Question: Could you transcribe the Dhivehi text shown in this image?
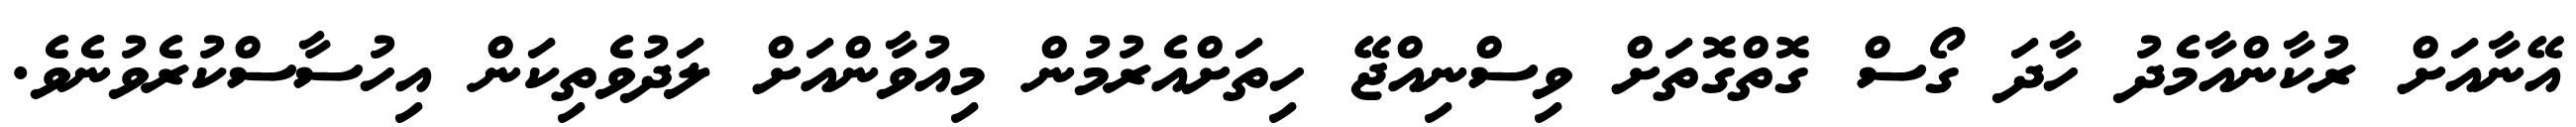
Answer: އޭނާއަށް ރުކާންއާމެދު ހާދަ ގޯސް ގޮތްގޮތަށް ވިސްނިއްޖޭ ހިތަށްއެރުމުން މިއުވާންއަށް ލަދުވެތިކަން އިހުސާސްކުރެވުނެވެ.